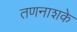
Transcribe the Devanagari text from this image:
तणनाशके